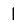
Digit: 1